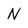
Character: N